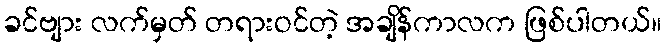
ခင်ဗျား လက်မှတ် တရားဝင်တဲ့ အချိန်ကာလက ဖြစ်ပါတယ်။